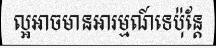
ល្អអាចមានអារម្មណ៍ទេប៉ុន្តែ